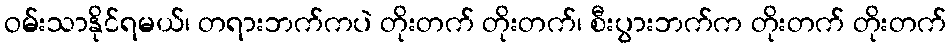
ဝမ်းသာနိုင်ရမယ်၊ တရားဘက်ကပဲ တိုးတက် တိုးတက်၊ စီးပွားဘက်က တိုးတက် တိုးတက်